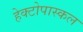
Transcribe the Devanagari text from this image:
हेक्टोपास्कल